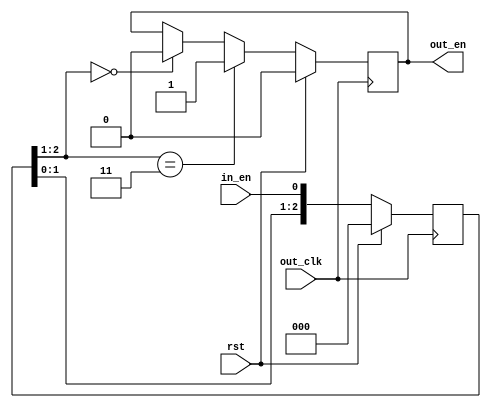
`timescale 1ns/1ps

module cross_clock_enable (
  input         rst,
  input         in_en,

  input         out_clk,
  output  reg   out_en

);

//Parameters
//Registers/Wires
reg       [2:0]  out_en_sync;
//Submodules
//Asynchronous Logic
//Synchronous Logic
always @ (posedge out_clk) begin
  if (rst) begin
    out_en_sync   <=  0;
    out_en        <=  0;
  end
  else begin
    if (out_en_sync[2:1] == 2'b11) begin
      out_en      <=  1;
    end
    else if (out_en_sync[2:1] == 2'b00) begin
      out_en      <=  0;
    end
    out_en_sync   <=  {out_en_sync[1:0], in_en};
  end
end
endmodule